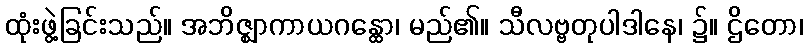
ထုံးဖွဲ့ခြင်းသည်။ အဘိဇ္ဈာကာယဂန္ထော၊ မည်၏။ သီလဗ္ဗတုပါဒါနေ၊ ၌။ ဌိတော၊